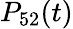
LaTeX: P_{52}(t)